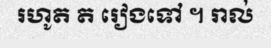
រហូត ត រៀងទៅ ។ រាល់